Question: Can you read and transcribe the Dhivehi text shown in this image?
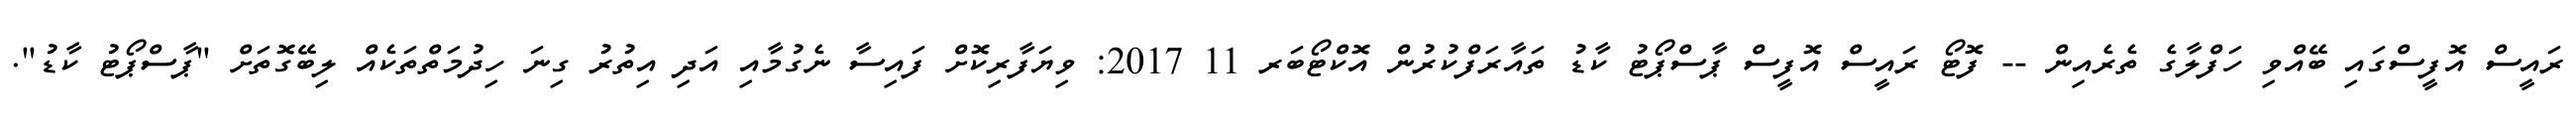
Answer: ރައީސް އޮފީސްގައި ބޭއްވި ހަފްލާގެ ތެރެއިން -- ފޮޓޯ ރައީސް އޮފީސް ޕާސްޕޯޓު ކާޑު ތައާރަފްކުރުން އޮކްޓޯބަރ 11 2017: ވިޔަފާރިކޮށް ފައިސާ ނެގުމާއި އަދި އިތުރު ގިނަ ހިދުމަތްތަކެއް ލިބޭގޮތަށް "ޕާސްޕޯޓު ކާޑު".